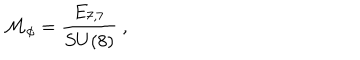
{ \cal M } _ { \phi } = \frac { E _ { 7 , 7 } } { S U ( 8 ) } \ ,